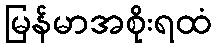
မြန်မာအစိုးရထံ